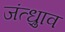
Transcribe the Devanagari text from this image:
जंत्ध्रुाव